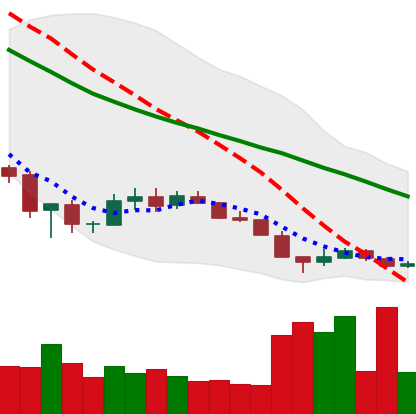
Ticker: XLM-USD
Chart end date: 2018-12-12
Forward return: -3.516%
Label: down_3_5